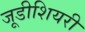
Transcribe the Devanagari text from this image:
जूडीशियरी